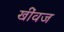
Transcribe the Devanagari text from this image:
खींवज